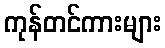
ကုန်တင်ကားများ